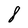
Character: 8